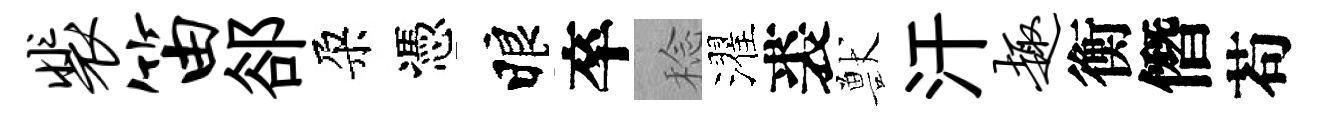
裴笛郤朶憑睱卒稔濯裘獸汗趣衡僭苟